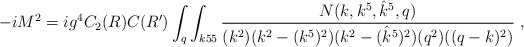
\begin{align*}-i M^2 = i g^4 C_2(R) C(R') \int_q \int_{k55}{ N(k,k^5,{\hat k}^5,q)\over (k^2)(k^2 - (k^5)^2)(k^2 -( {\hat k}^5)^2) (q^2)((q-k)^2)} \ ,\end{align*}